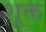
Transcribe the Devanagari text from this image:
शुक्त